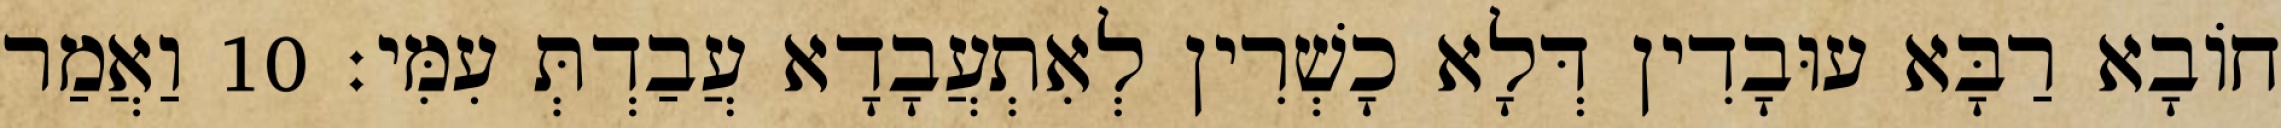
חוֹבָא רַבָּא עוּבָדִין דְּלָא כָשְׁרִין לְאִתְעֲבָדָא עֲבַדְתְּ עִמִּי׃ 10 וַאֲמַר